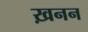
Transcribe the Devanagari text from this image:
ख़नन